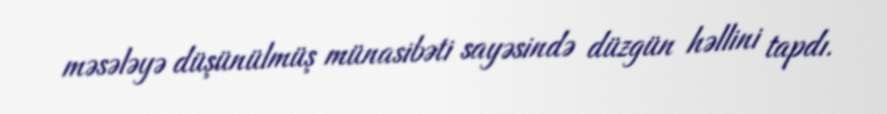
məsələyə düşünülmüş münasibəti sayəsində düzgün həllini tapdı.